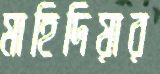
মাহিদিয়ার